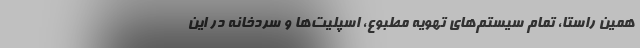
همین راستا، تمام سیستم‌های تهویه مطبوع، اسپلیت‌ها و سردخانه در این